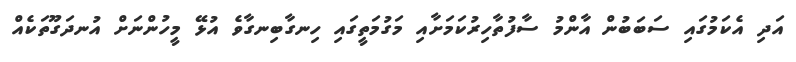
އަދި އެކަމުގައި ސަބަބުން އާންމު ސާފުތާހިރުކަމަށާއި މަގުމަތީގައި ހިނގާބިނގާވެ އުޅޭ މީހުންނަށް އުނދަގޫތަކެއް